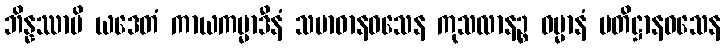
ဘိန္နဿာပိ ယဒေတံ ကာယကမ္မာဒီနံ သမာဓာနဝသေန ကုသလာနဉ္စ ဓမ္မာနံ ပတိဋ္ဌာနဝသေန